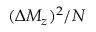
( \Delta M _ { z } ) ^ { 2 } / N